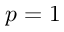
p = 1